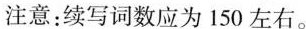
注意:续写词数应为 150 左右。